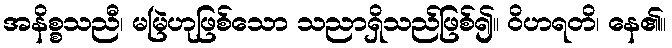
အနိစ္စသညီ၊ မမြဲဟုဖြစ်သော သညာရှိသည်ဖြစ်၍။ ဝိဟရတိ၊ နေ၏။